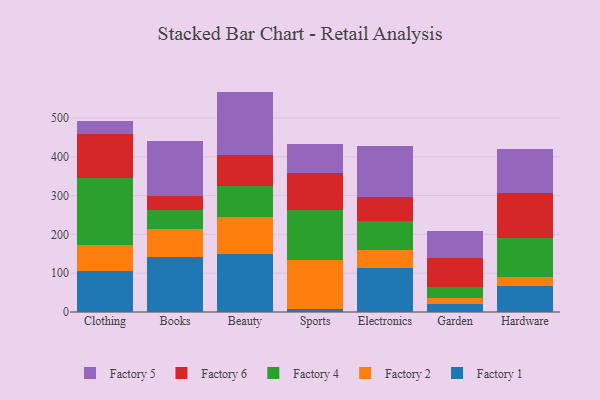
{"axis": {"x": "Category", "y": "Operating Costs (USD K)"}, "legend": ["Factory 1", "Factory 2", "Factory 4", "Factory 5", "Factory 6"], "data": [{"x": "Clothing", "y": 104.7, "type": "Factory 1"}, {"x": "Clothing", "y": 67.2, "type": "Factory 2"}, {"x": "Clothing", "y": 172.9, "type": "Factory 4"}, {"x": "Clothing", "y": 113.6, "type": "Factory 6"}, {"x": "Clothing", "y": 34.3, "type": "Factory 5"}, {"x": "Books", "y": 142.4, "type": "Factory 1"}, {"x": "Books", "y": 72.3, "type": "Factory 2"}, {"x": "Books", "y": 49.2, "type": "Factory 4"}, {"x": "Books", "y": 33.8, "type": "Factory 6"}, {"x": "Books", "y": 142.9, "type": "Factory 5"}, {"x": "Beauty", "y": 148.7, "type": "Factory 1"}, {"x": "Beauty", "y": 97.2, "type": "Factory 2"}, {"x": "Beauty", "y": 77.5, "type": "Factory 4"}, {"x": "Beauty", "y": 81.5, "type": "Factory 6"}, {"x": "Beauty", "y": 163.0, "type": "Factory 5"}, {"x": "Sports", "y": 6.8, "type": "Factory 1"}, {"x": "Sports", "y": 126.5, "type": "Factory 2"}, {"x": "Sports", "y": 128.7, "type": "Factory 4"}, {"x": "Sports", "y": 95.3, "type": "Factory 6"}, {"x": "Sports", "y": 75.0, "type": "Factory 5"}, {"x": "Electronics", "y": 113.4, "type": "Factory 1"}, {"x": "Electronics", "y": 46.2, "type": "Factory 2"}, {"x": "Electronics", "y": 74.2, "type": "Factory 4"}, {"x": "Electronics", "y": 62.9, "type": "Factory 6"}, {"x": "Electronics", "y": 130.4, "type": "Factory 5"}, {"x": "Garden", "y": 21.0, "type": "Factory 1"}, {"x": "Garden", "y": 16.1, "type": "Factory 2"}, {"x": "Garden", "y": 28.2, "type": "Factory 4"}, {"x": "Garden", "y": 73.5, "type": "Factory 6"}, {"x": "Garden", "y": 70.7, "type": "Factory 5"}, {"x": "Hardware", "y": 66.1, "type": "Factory 1"}, {"x": "Hardware", "y": 23.8, "type": "Factory 2"}, {"x": "Hardware", "y": 100.0, "type": "Factory 4"}, {"x": "Hardware", "y": 116.4, "type": "Factory 6"}, {"x": "Hardware", "y": 113.3, "type": "Factory 5"}]}